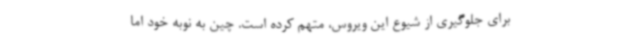
برای جلوگیری از شیوع این ویروس، متهم کرده است. چین به نوبه خود اما